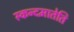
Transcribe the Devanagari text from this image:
स्कन्दमातेति